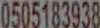
0505183938